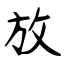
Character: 放